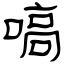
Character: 嗃